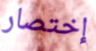
إختصار